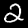
Label: 2